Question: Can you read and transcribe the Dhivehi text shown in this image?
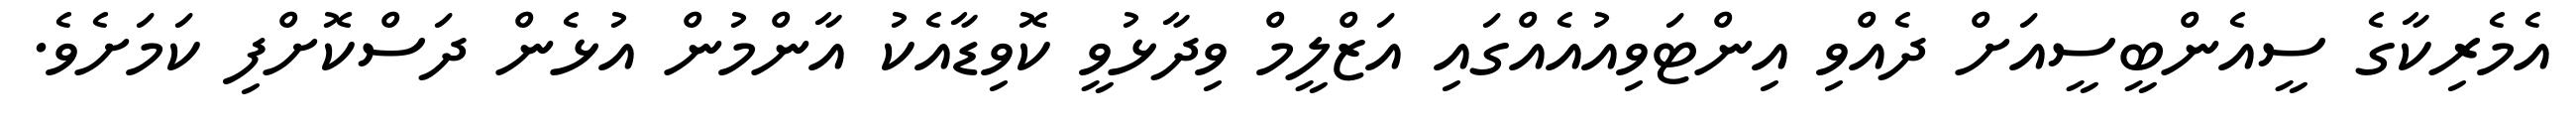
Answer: އެމެރިކާގެ ސީއެންބީސީއަށް ދެއްވި އިންޓަވިއުއެއްގައި އަޒްލީމް ވިދާޅުވީ ކޮވިޑާއެކު އާންމުން އުޅެން ދަސްކޮށްފި ކަމަށެވެ.